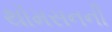
થૉમસનની